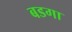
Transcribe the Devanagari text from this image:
बडगा